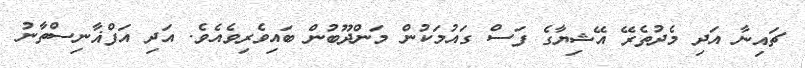
ޗައިނާ އަދި މެދުތެރޭ އޭޝިޔާގެ ފަސް ގައުމަކުން މަންދޫބުން ބައިވެރިވެއެވެ. އަދި އަފްޣާނިސްތާނު